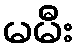
မမီး